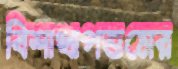
বিশাখাপত্তমের